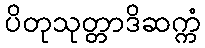
ပိတုသုတ္တာဒိဆက္ကံ